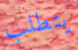
يتطلب